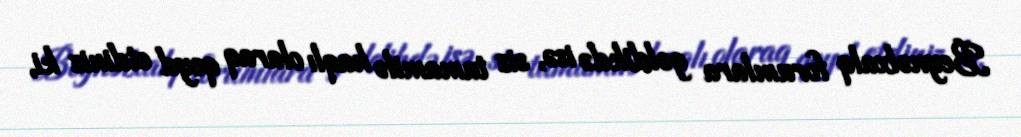
Beynəlxalq forumlara gəldikdə isə, siz tamamilə haqlı olaraq qeyd etdiniz ki,